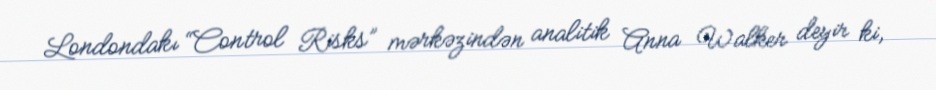
Londondakı “Control Risks” mərkəzindən analitik Anna Walker deyir ki,